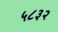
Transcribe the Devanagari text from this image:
५८३२